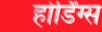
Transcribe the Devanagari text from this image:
होर्डिंग्स